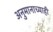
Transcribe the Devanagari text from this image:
अनुमानाच्याही